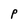
Character: P